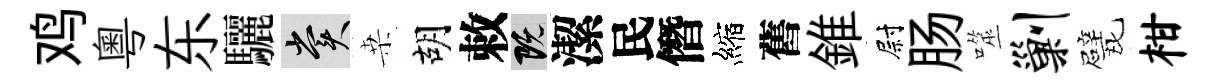
鸡粤东驪賞桒胡敕既潔民僭縮舊錐尉肠噬剿甓柑